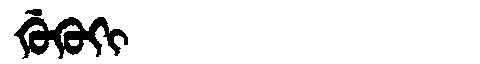
Manchu: ᡤᡠᡴᡠᡴᡳ
Romanization: GUKUKI